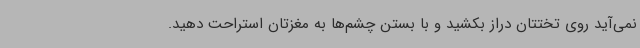
نمی‌آید روی تختتان دراز بکشید و با بستن چشم‌ها به مغزتان استراحت دهید.